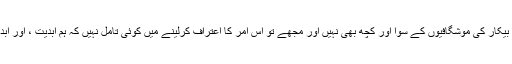
ادب میں ابدیت ایک بہکانے والا فلسفہ ہے اور اس میں بیکار کی موشگافیوں کے سوا اور کچھ بھی نہیں اور مجھے تو اس امر کا اعتراف کرلینے میں کوئی تامل نہیں کہ ہم ابدیت ، اور ابدی قدروں کے پجاری نہیں، ہم تو لمحے کے شاعر ہیں۔